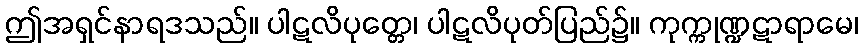
ဤအရှင်နာရဒသည်။ ပါဋလိပုတ္တေ၊ ပါဋလိပုတ်ပြည်၌။ ကုက္ကုဏ္ဍဋာရာမေ၊